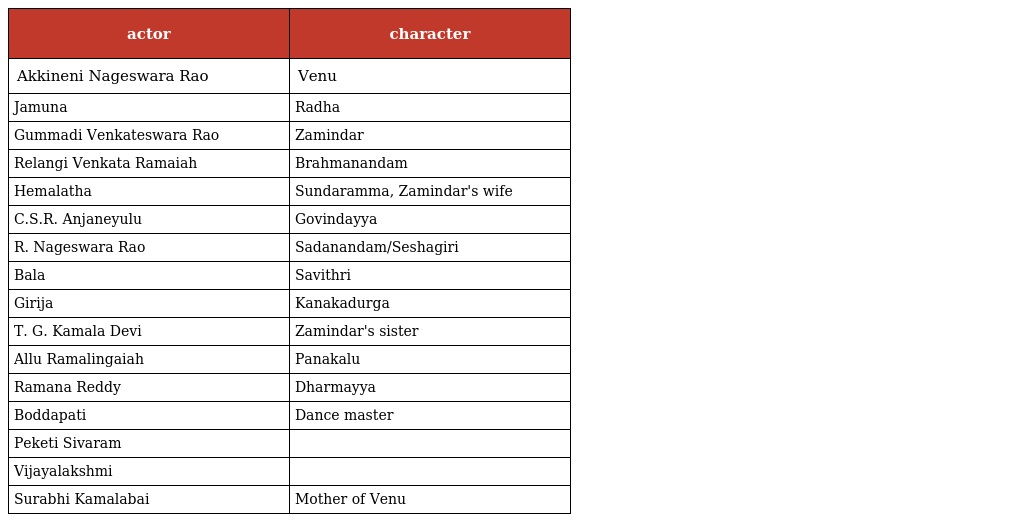
| actor | character |
 | --- | --- |
 | Akkineni Nageswara Rao | Venu |
 | Jamuna | Radha |
 | Gummadi Venkateswara Rao | Zamindar |
 | Relangi Venkata Ramaiah | Brahmanandam |
 | Hemalatha | Sundaramma, Zamindar's wife |
 | C.S.R. Anjaneyulu | Govindayya |
 | R. Nageswara Rao | Sadanandam/Seshagiri |
 | Bala | Savithri |
 | Girija | Kanakadurga |
 | T. G. Kamala Devi | Zamindar's sister |
 | Allu Ramalingaiah | Panakalu |
 | Ramana Reddy | Dharmayya |
 | Boddapati | Dance master |
 | Peketi Sivaram |  |
 | Vijayalakshmi |  |
 | Surabhi Kamalabai | Mother of Venu |